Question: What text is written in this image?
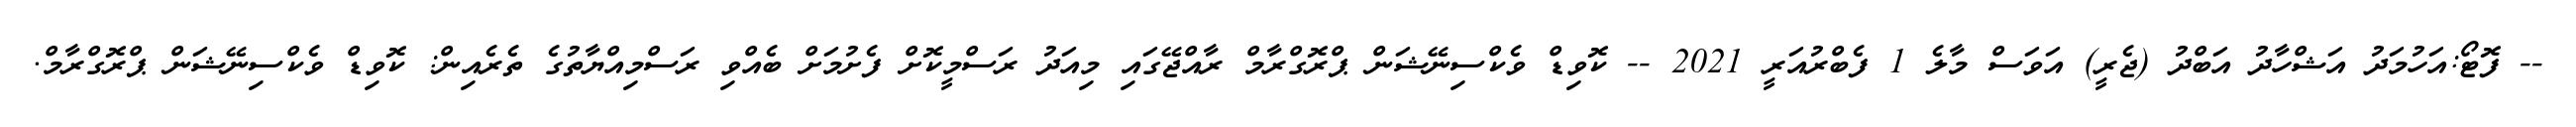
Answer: -- ފޮޓޯ:އަހުމަދު އަޝްހާދު އަބްދު (ޖެރީ) އަވަސް މާލެ 1 ފެބްރުއަރީ 2021 -- ކޮވިޑް ވެކްސިނޭޝަން ޕްރޮގްރާމް ރާއްޖޭގައި މިއަދު ރަސްމީކޮށް ފެށުމަށް ބެއްވި ރަސްމިއްޔާތުގެ ތެރެއިން: ކޮވިޑް ވެކްސިނޭޝަން ޕްރޮގްރާމް.